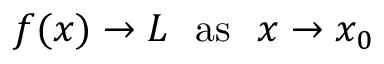
f ( x ) \to L \ \ { \mathrm { a s } } \ \ x \to x _ { 0 }